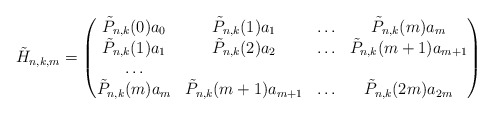
\begin{align*}\tilde{H}_{n,k,m}=\begin{pmatrix} \tilde{P}_{n,k}(0)a_0 & \tilde{P}_{n,k}(1)a_{1} & \ldots & \tilde{P}_{n,k}(m)a_{m} \\\tilde{P}_{n,k}(1)a_{1} & \tilde{P}_{n,k}(2)a_{2} &\ldots & \tilde{P}_{n,k}(m+1)a_{m+1} \\ \ldots \\ \tilde{P}_{n,k}(m)a_{m} & \tilde{P}_{n,k}(m+1)a_{m+1} &\ldots & \tilde{P}_{n,k}(2m)a_{2m} \end{pmatrix}\end{align*}